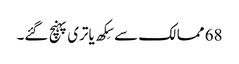
68 ممالک سے سِکھ یاتری پہنچ گئے۔